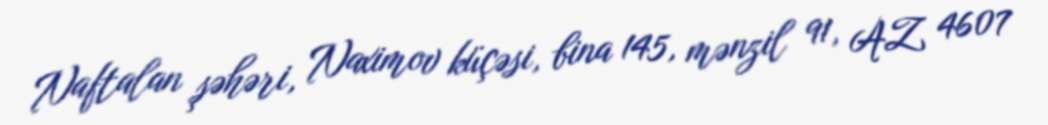
Naftalan şəhəri, Naximov küçəsi, bina 145, mənzil 91, AZ 4607